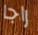
راجا